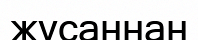
жусаннан